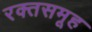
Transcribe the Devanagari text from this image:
रक्तसमूह